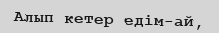
Алып кетер едім-ай,